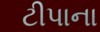
ટીપાના